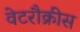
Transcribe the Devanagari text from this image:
वेटरौक्रीस